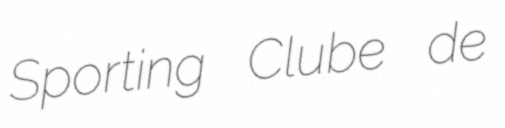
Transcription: Sporting Clube de